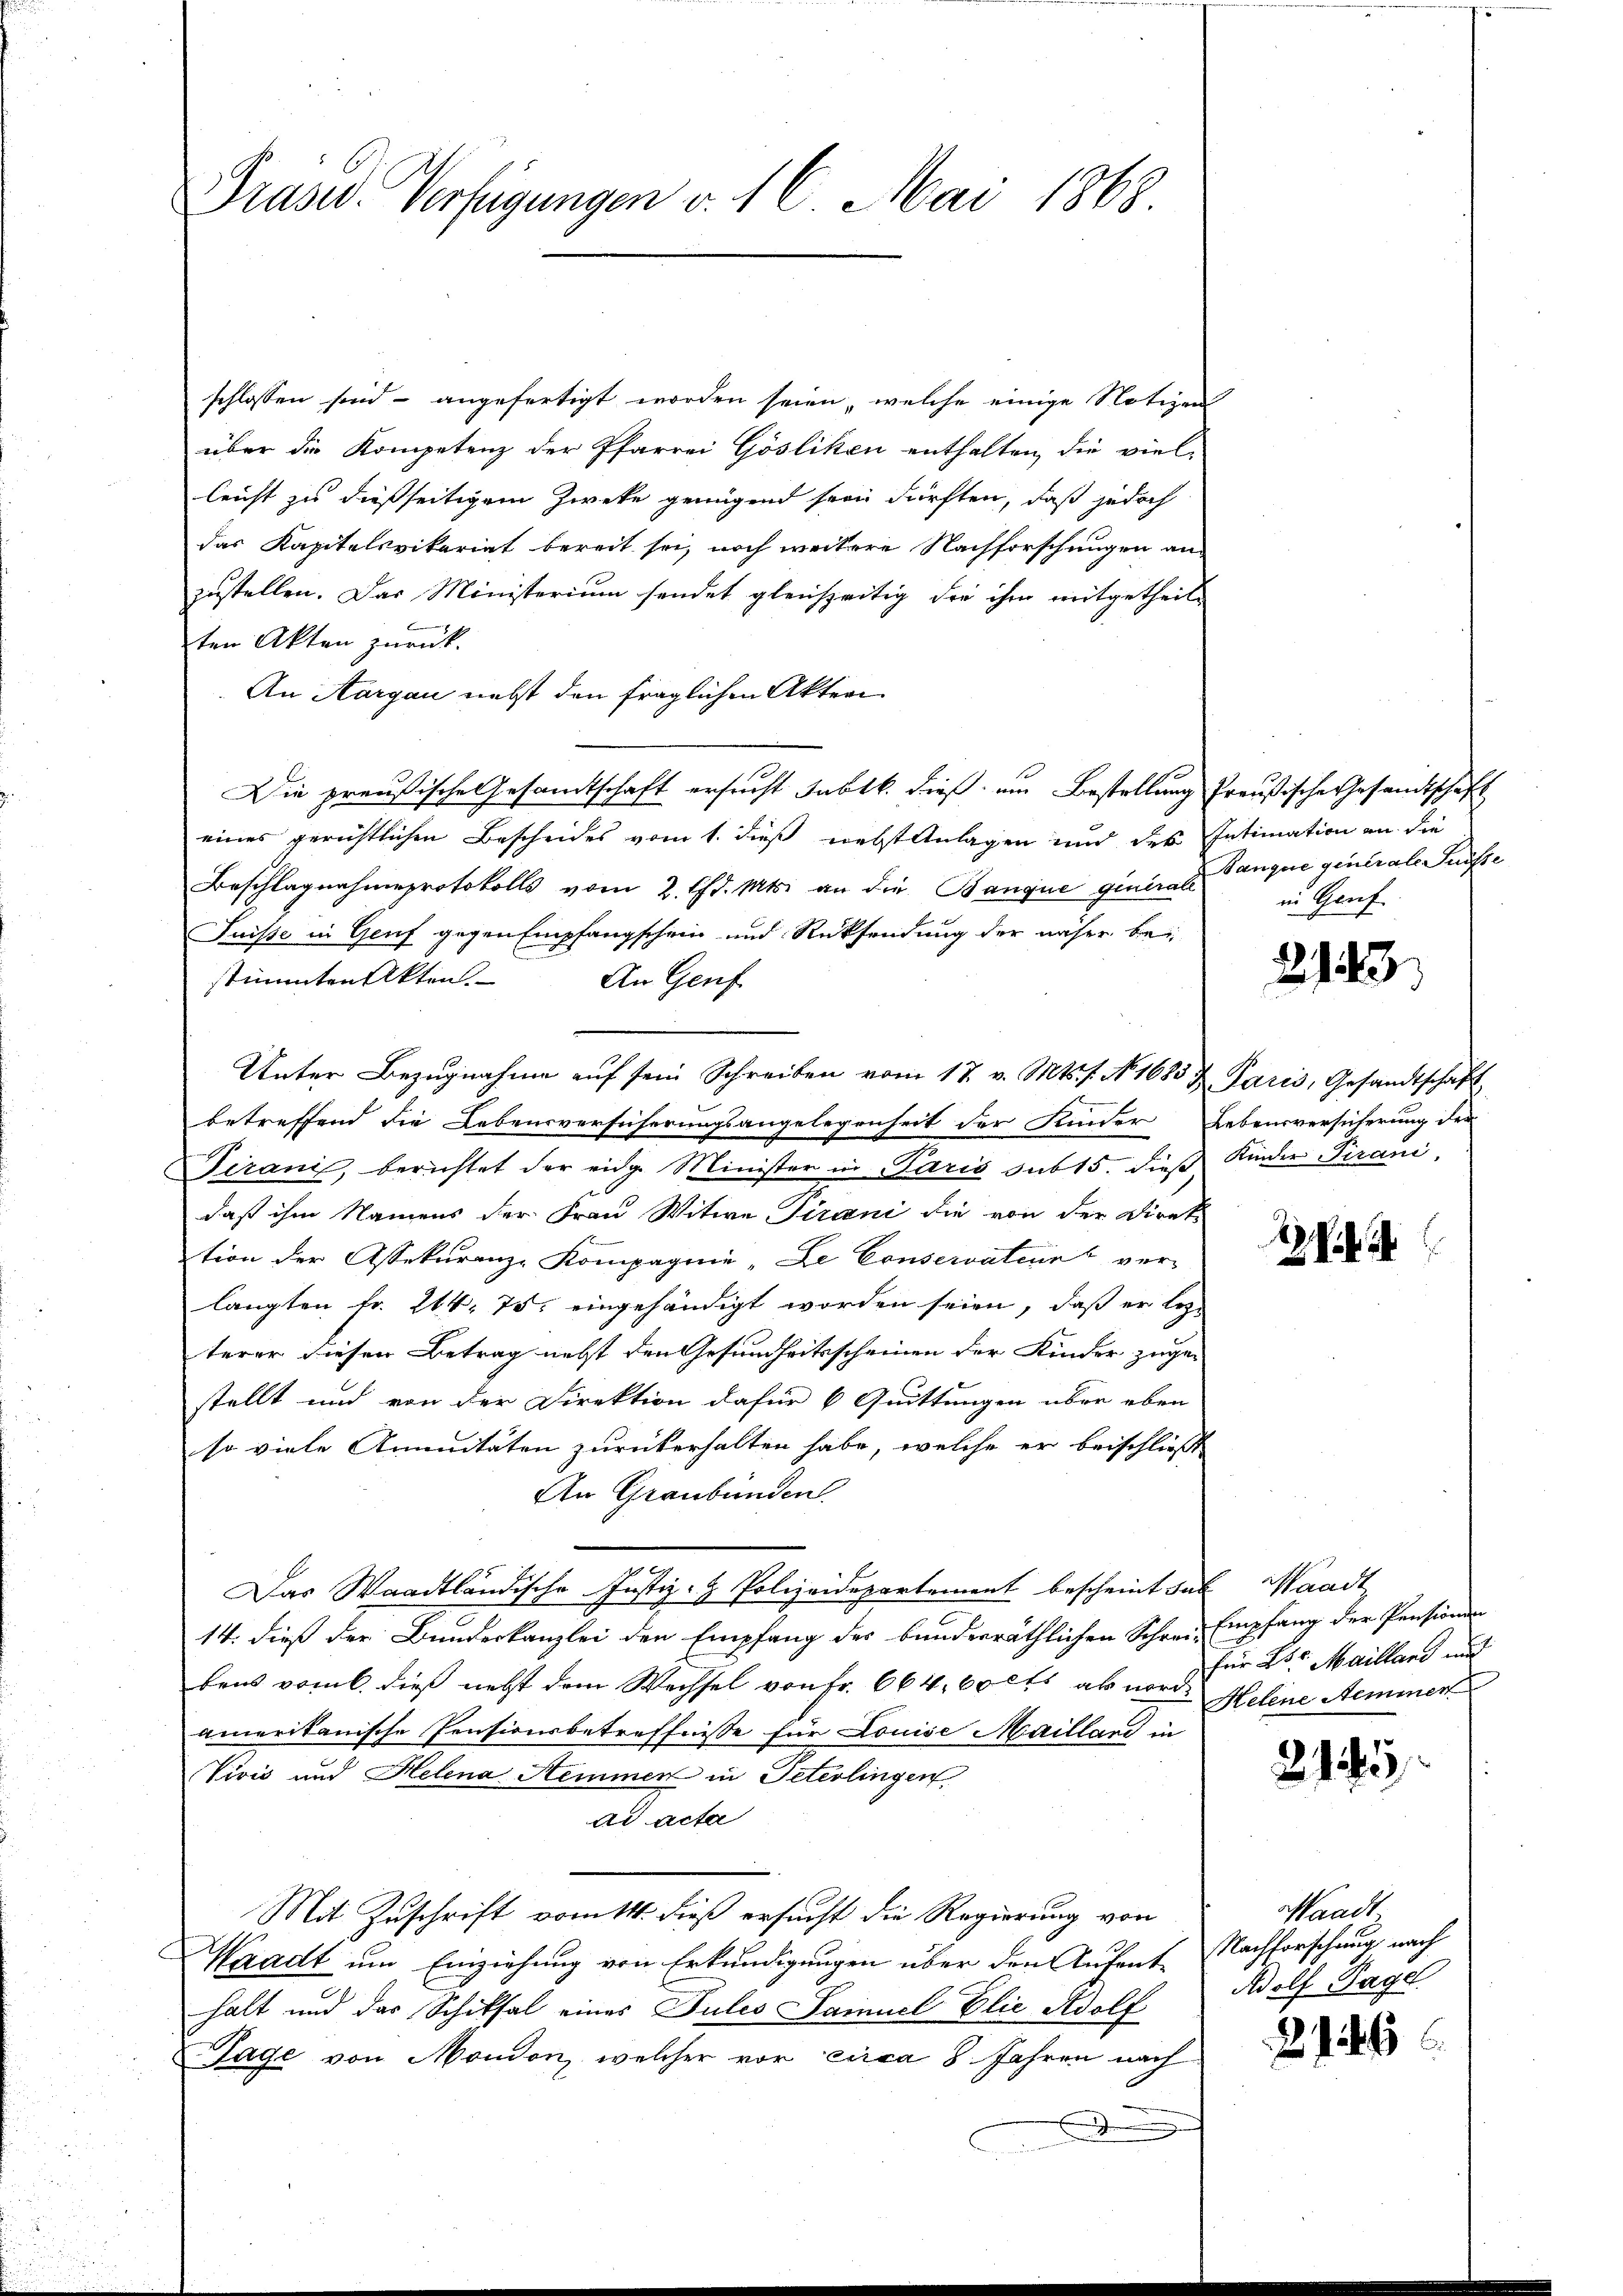
schlossen sind - angefertigt worden seien, welche einige Notizen
über die Kompetenz der Pfarrei Gösliken enthalten, die viel-
leicht zu dießseitigem Zwecke genügend sein dürften, daß jedoch
das Kapitelsvikariat bereit sei, noch weitere Nachforschungen an
zustellen. Das Ministerium sendet gleichzeitig die ihm mitgetheilt
ten Akten zurück.
An Aargau nebst den fraglichen Akten
Die preußische Gesamtschaft ersucht ablk. dieß, um Bestellung Preußische Gesandtschaft
eines gerichtlichen Bescheides vom 1. dieß nebst Anlagen und des Intimation an die
Beschlagnahmeprotokolls vom 2. Chr. Mts. an die Banque generale
Puisse in Genf gegen Empfangschein und Rücksendung der näher bei
stimmten Akten.
An Genf
Unter Bezŭgnahme aŭf sein Schreiben vom 17 v. Mts. f. No. 1683 u. Paris, Gesandtschäft
betreffend die Lebensversicherungsangelegenheit der Kinder Lebensversicherung der
Tirani, berichtet der eidg. Minister in Paris sub 15. dies Kinder Pirani,
daß ihm Namens der Frau Witwe Pirani die von der Direk
tion der Assekuranz-Kompagnie „Le Conservation ver-
langten Fr. 244. 75. eingehändigt worden seien, daß er lezt
terer diesen Betrag nebst den Gesundheitsscheinen der Kinder zuge-
stellt und von der Direktion dafür 6 Quittungen über eben
so viele Annuitäten zurükerhalten habe, welche er beischließt
An Graubünden.
Das Waadtländische Justiz- & Polizeidepartement bescheint das Waadt,
14. dieß der Bundeskanzlei den Empfang des bunderräthlichen Schreie Empfang der Pensionen
bens vom 6. dieß nebst dem Wechsel von Fr. 664, 60 cts ab für Dr. Mailland auf
amerikanische Pensionsbetreffnisse für Louise Mailland in
Vivić und Helena Hemmen in Peterlingen
ad acta
Mit Zuschrift vom 14. dieß ersucht die Regierung von
Waadt um Einziehung von Erkundigungen über den Aufent-Nachforschung nach
halt und das Schiksal eines Pules Samuel Elie Adolf
Tage von Moudon, welcher vor circa 8. Jahren nach

Praser Verfügungen v. 16. Mai 1868

Banque generale Suisse
in Genf

2143.

ihi

Helene Nemmen

21

Waadt
Adolf Tagel